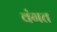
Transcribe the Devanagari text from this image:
वंगत